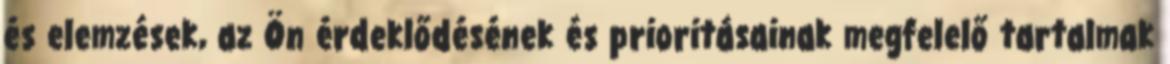
és elemzések, az Ön érdeklődésének és prioritásainak megfelelő tartalmak